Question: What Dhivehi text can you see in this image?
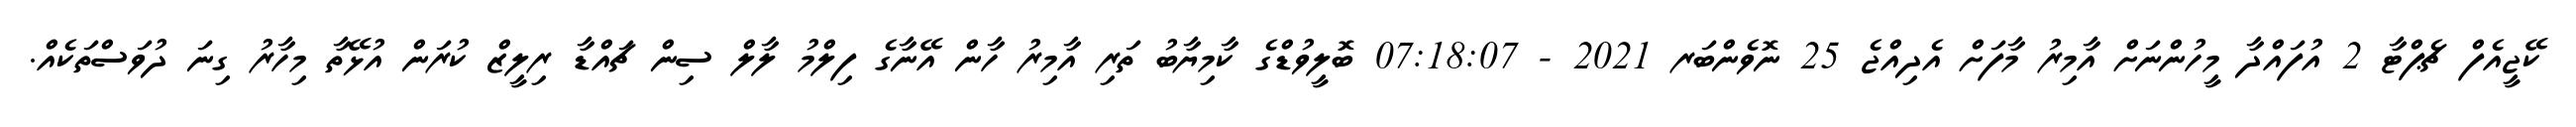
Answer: ކޭޖީއެފް ޗެޕްޓާ 2 އުފައްދާ މީހުންނަށް އާމިރު މާފަށް އެދިއްޖެ 25 ނޮވެންބަރ 2021 - 07:18:07 ބޮލީވުޑްގެ ކާމިޔާބު ތަރި އާމިރު ހާން އޭނާގެ ފިލްމު ލާލް ސިން ޗައްޑާ ރިލީޒް ކުރަން އުޅޭތާ މިހާރު ގިނަ ދުވަސްތަކެއް.